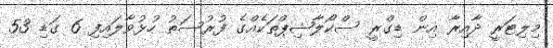
މިލިޓަރީ ދާއިރާ އިން ޑިގްރީ ސްކޯލާޝިޕްތަކެއްގެ ފުރުސަތު ހުޅުވާލައިފި 6 ގަޑި 53